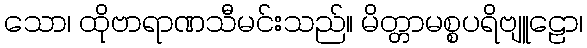
သော၊ ထိုဗာရာဏသီမင်းသည်။ မိတ္တာမစ္စပရိဗျူဠော၊